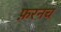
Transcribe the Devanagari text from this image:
फ़रनच